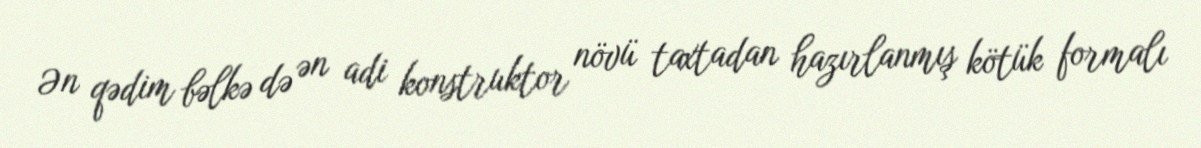
Ən qədim bəlkə də ən adi konstruktor növü taxtadan hazırlanmış kötük formalı